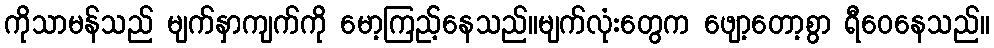
ကိုသာမန်သည် မျက်နှာကျက်ကို မော့ကြည့်နေသည်။မျက်လုံးတွေက ဖျော့တော့စွာ ရီဝေနေသည်။